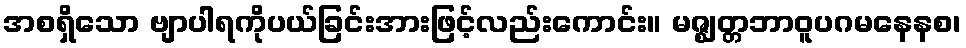
အစရှိသော ဗျာပါရကိုပယ်ခြင်းအားဖြင့်လည်းကောင်း။ မဇ္ဈတ္တဘာဝူပဂမနေနစ၊